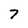
Character: 7